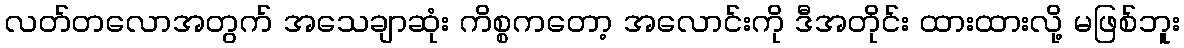
လတ်တလောအတွက် အသေချာဆုံး ကိစ္စကတော့ အလောင်းကို ဒီအတိုင်း ထားထားလို့ မဖြစ်ဘူး